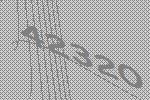
42320